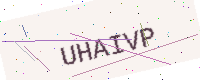
Text: UHAIVP